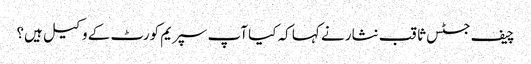
چیف جسٹس ثاقب نثار نے کہا کہ کیا آپ سپریم کورٹ کے وکیل ہیں؟